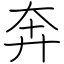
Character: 奔